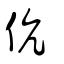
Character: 伉